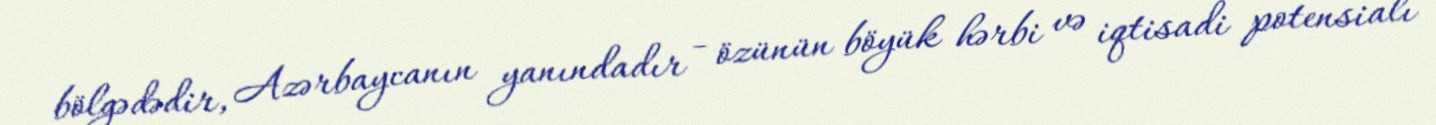
bölgədədir, Azərbaycanın yanındadır - özünün böyük hərbi və iqtisadi potensialı